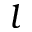
l